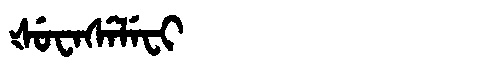
Manchu: ᡧᡠᠸᠠᠰᡝᠯᡝᠸᡳ
Romanization: ŠUWASELEFI